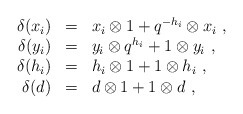
\begin{align*}\begin{array}{rcl}\delta(x_i)&=&x_i\otimes 1+q^{-h_i}\otimes x_i\ ,\cr\delta(y_i)&=&y_i\otimes q^{h_i}+1\otimes y_i\ ,\cr\delta(h_i)&=&h_i\otimes 1+1\otimes h_i\ ,\cr\delta(d)&=&d\otimes 1+1\otimes d\ ,\end{array}\end{align*}